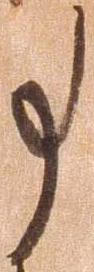
事